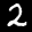
Label: 2